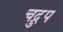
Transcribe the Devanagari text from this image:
चद्रुप